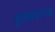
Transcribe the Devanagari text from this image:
धुळवाफ